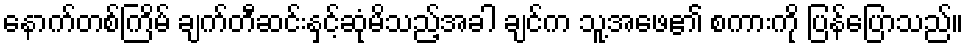
နောက်တစ်ကြိမ် ချက်တီဆင်းနှင့်ဆုံမိသည့်အခါ ချင်က သူ့အဖေ၏ စကားကို ပြန်ပြောသည်။